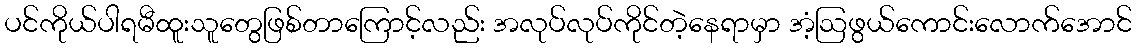
ပင်ကိုယ်ပါရမီထူးသူတွေဖြစ်တာကြောင့်လည်း အလုပ်လုပ်ကိုင်တဲ့နေရာမှာ အံ့ဩဖွယ်ကောင်းလောက်အောင်